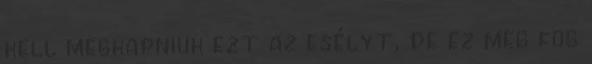
kell megkapniuk ezt az esélyt, de ez meg fog